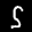
Label: 5